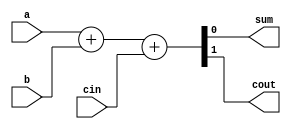
`ifndef FULLADDER_1BIT
`define FULLADDER_1BIT
    module fullAdder1bit(
        input a,
        input b,
        input cin,
        output sum,
        output cout);

        // initial
        //     $display("FA_IP = ")

        // initial
        //     $monitor("fa i/p: ",cin,b,a," fa o/p: ",cout,sum);
        
        assign {cout,sum} = a+b+cin;


    endmodule
`endif